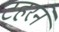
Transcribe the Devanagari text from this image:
टहरने